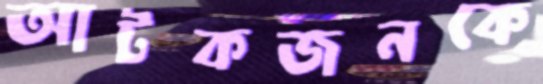
আটকজনকে